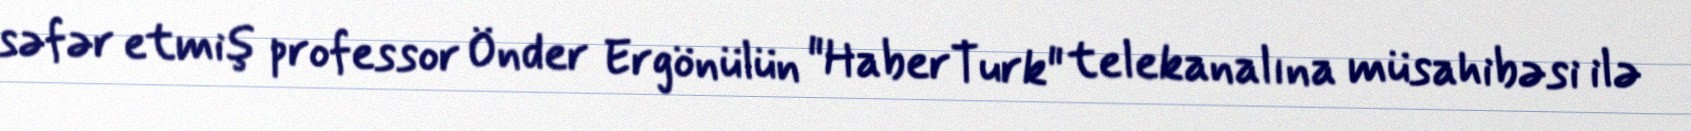
səfər etmiş professor Önder Ergönülün "HaberTurk" telekanalına müsahibəsi ilə